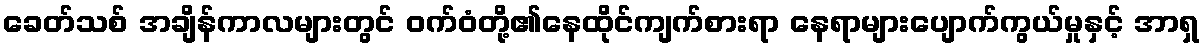
ခေတ်သစ် အချိန်ကာလများတွင် ဝက်ဝံတို့၏နေထိုင်ကျက်စားရာ နေရာများပျောက်ကွယ်မှုနှင့် အာရှ